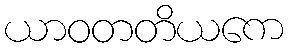
ယာဝတတိယကေ